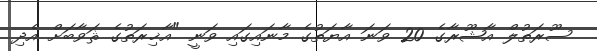
ސޫރަތުލް އާޝޫރާގެ 20 ވަނަ އާޔަތުގެ މާނައިގައި ވަނީ "އާޚިރަތުގެ ޘަވާބަށް އެދި